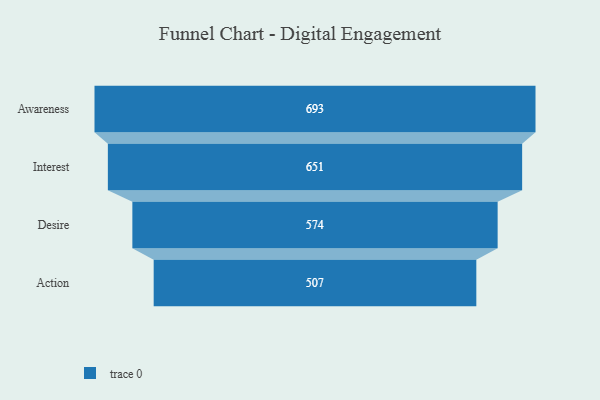
{"axis": {"x": "Stage", "y": "Value"}, "legend": [""], "data": [{"x": "Awareness", "y": 693.0, "type": ""}, {"x": "Interest", "y": 651.0, "type": ""}, {"x": "Desire", "y": 574.0, "type": ""}, {"x": "Action", "y": 507.0, "type": ""}]}